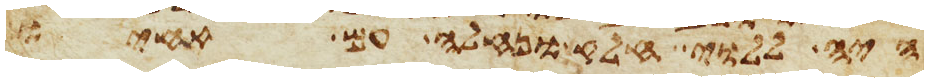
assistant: היה ללוי חלק ונחלה עם אחיו